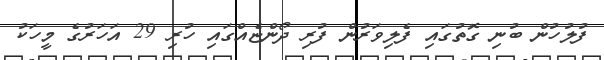
ފުލުހުން ބުނި ގޮތުގައި ފެލިވަރުން ފުރި ދޯންޏެއްގައި ހުރި 29 އަހަރުގެ މީހަކު